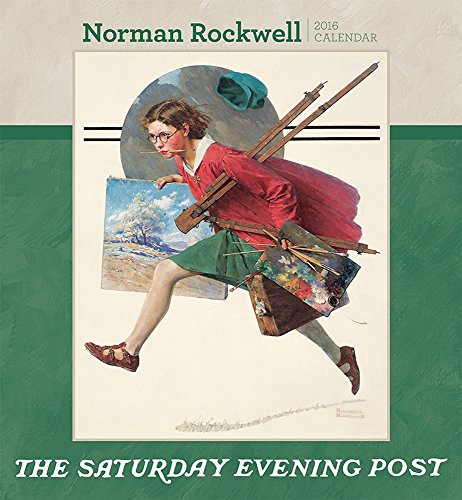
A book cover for Norman Rockwell the Saturday Evening Post 2016 Calendar; Calendars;